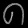
Digit: ၈